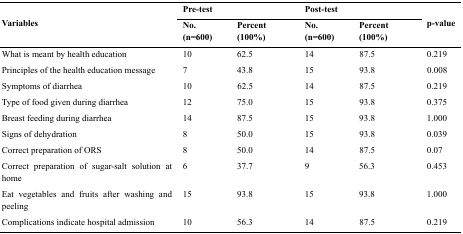
<table><thead><tr><td rowspan="3"><b>Variables</b></td><td colspan="2"><b>Pre-test</b></td><td colspan="2"><b>Post-test</b></td><td rowspan="3"><b>p-value</b></td></tr><tr><td><b>No. (n=600)</b></td><td><b>Percent (100%)</b></td><td><b>No. (n=600)</b></td><td><b>Percent (100%)</b></td></tr></thead><tbody><tr><td>What is meant by health education</td><td>10</td><td>62.5</td><td>14</td><td>87.5</td><td>0.219</td></tr><tr><td>Principles of the health education message</td><td>7</td><td>43.8</td><td>15</td><td>93.8</td><td>0.008</td></tr><tr><td>Symptoms of diarrhea</td><td>10</td><td>62.5</td><td>14</td><td>87.5</td><td>0.219</td></tr><tr><td>Type of food given during diarrhea</td><td>12</td><td>75.0</td><td>15</td><td>93.8</td><td>0.375</td></tr><tr><td>Breast feeding during diarrhea</td><td>14</td><td>87.5</td><td>15</td><td>93.8</td><td>1.000</td></tr><tr><td>Signs of dehydration</td><td>8</td><td>50.0</td><td>15</td><td>93.8</td><td>0.039</td></tr><tr><td>Correct preparation of ORS</td><td>8</td><td>50.0</td><td>14</td><td>87.5</td><td>0.07</td></tr><tr><td>Correct preparation of sugar-salt solution at home</td><td>6</td><td>37.7</td><td>9</td><td>56.3</td><td>0.453</td></tr><tr><td>Eat vegetables and fruits after washing and peeling</td><td>15</td><td>93.8</td><td>15</td><td>93.8</td><td>1.000</td></tr><tr><td>Complications indicate hospital admission</td><td>10</td><td>56.3</td><td>14</td><td>87.5</td><td>0.219</td></tr></tbody></table>